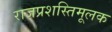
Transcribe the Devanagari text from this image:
राजप्रशस्तिमूलक